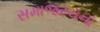
સમાજરચના